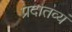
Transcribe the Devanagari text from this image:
प्रदातव्यं